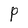
Character: P